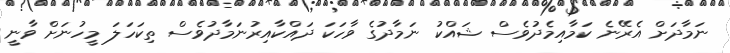
ނަމާދަށް އެރޭނެ ކަމާއިމެދުވެސް ޝައްކު ނަމާދުގެ ވާހަކަ ދައްކާއިރުނަމާދުވެސް ތިކަހަލަ މީހުނަށް ވާނީ